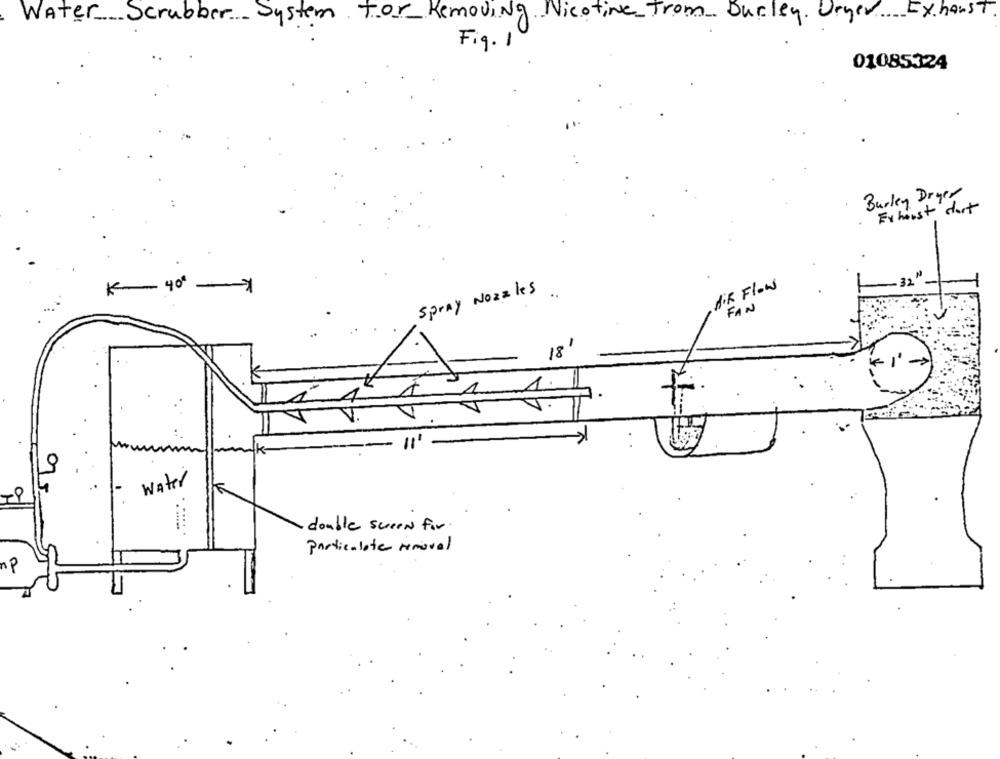
Water ... Scrubber ... System For Removing Nicotine From Durley. Orger Exhaust.
Fig. 1
01085324
Burley Dryer
Fx horst start
K- 401
AIR Flow
Spray Nozzles ..
FAN
18'
0
water
double sween for.
Particulate removal
np